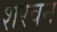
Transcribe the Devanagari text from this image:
शरवन